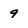
Character: 9